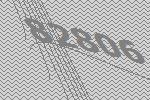
82806